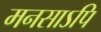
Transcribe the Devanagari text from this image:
मनसाऽपि